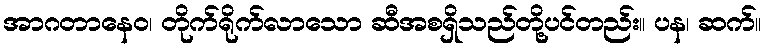
အာဂတာနေဝ၊ တိုက်ရိုက်လာသော ဆီအစရှိသည်တို့ပင်တည်း။ ပန၊ ဆက်။